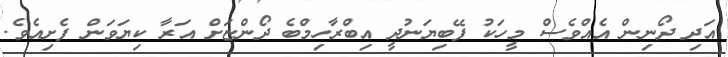
އަދި ދޯނިން އެއްވެސް މީހަކު ފޭބިޔަނުދީ އިބްރާހިމްބެ ދޯންޏަށް އަރާ ކިޔަވަން ފެށިއެވެ.